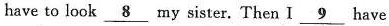
have to look \underline{8} my sister. Then I \underline{9} have